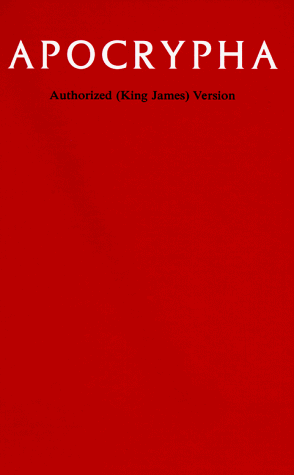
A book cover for Apocrypha, King James Version; Christian Books & Bibles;